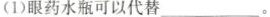
(1)眼药水瓶可以代替___。